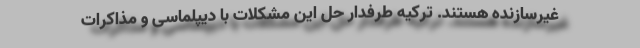
غیرسازنده هستند. ترکیه طرفدار حل این مشکلات با دیپلماسی و مذاکرات